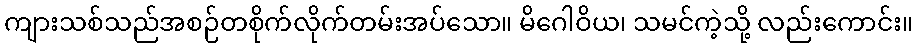
ကျားသစ်သည်အစဉ်တစိုက်လိုက်တမ်းအပ်သော။ မိဂေါဝိယ၊ သမင်ကဲ့သို့ လည်းကောင်း။